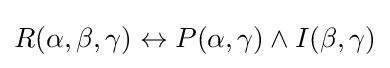
R(\alpha ,\beta ,\gamma )\leftrightarrow P(\alpha ,\gamma )\land I(\beta ,\gamma )